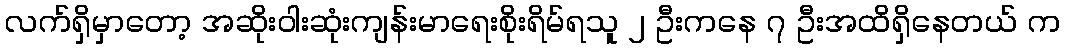
လက်ရှိမှာတော့ အဆိုးဝါးဆုံးကျန်းမာရေးစိုးရိမ်ရသူ ၂ ဦးကနေ ၇ ဦးအထိရှိနေတယ် က